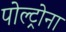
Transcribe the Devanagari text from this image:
पोल्ट्रोना